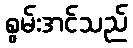
စွမ်းအင်သည်